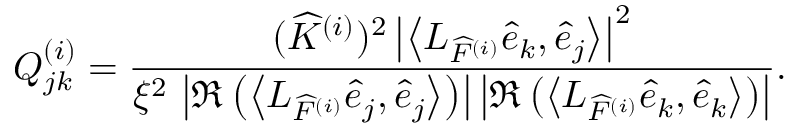
Q _ { j k } ^ { ( i ) } = \frac { ( \widehat { K } ^ { ( i ) } ) ^ { 2 } \left| \left\langle L _ { \widehat { F } ^ { ( i ) } } \widehat { e } _ { k } , \widehat { e } _ { j } \right\rangle \right| ^ { 2 } } { \xi ^ { 2 } \, \left| \Re \left( \left\langle L _ { \widehat { F } ^ { ( i ) } } \widehat { e } _ { j } , \widehat { e } _ { j } \right\rangle \right) \right| \left| \Re \left( \left\langle L _ { \widehat { F } ^ { ( i ) } } \widehat { e } _ { k } , \widehat { e } _ { k } \right\rangle \right) \right| } .